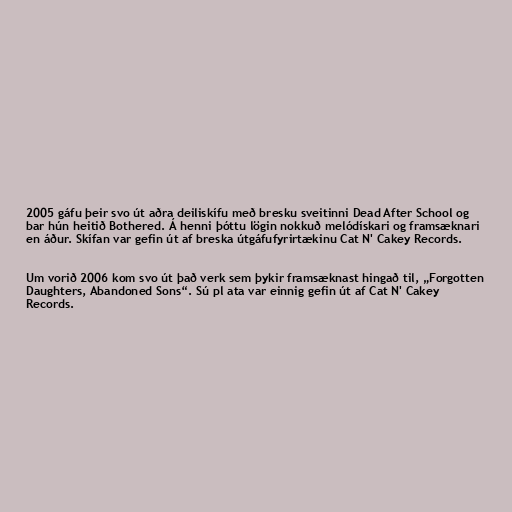
2005 gáfu þeir svo út aðra deiliskífu með bresku sveitinni Dead After School og
bar hún heitið Bothered. Á henni þóttu lögin nokkuð melódískari og framsæknari
en áður. Skífan var gefin út af breska útgáfufyrirtækinu Cat N' Cakey Records.

Um vorið 2006 kom svo út það verk sem þykir framsæknast hingað til, „Forgotten
Daughters, Abandoned Sons“. Sú pl ata var einnig gefin út af Cat N' Cakey
Records.